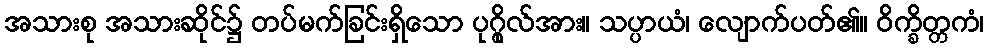
အသားစု အသားဆိုင်၌ တပ်မက်ခြင်းရှိသော ပုဂ္ဂိုလ်အား။ သပ္ပာယံ၊ လျောက်ပတ်၏။ ဝိက္ခိတ္တကံ၊